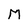
Character: M